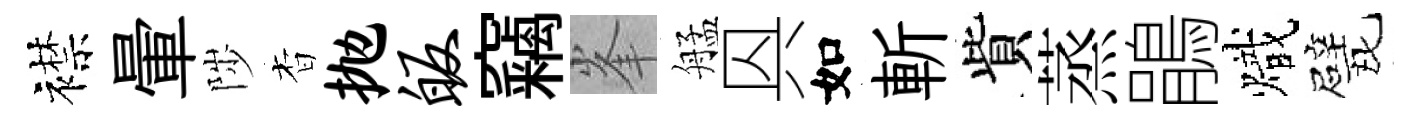
襟暈陟杳抛皈竊峯艋㒷如斬貲蒸鵑熾戏